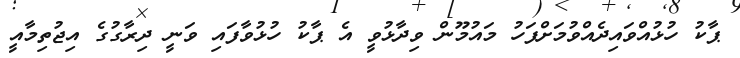
ޕާކު ހުޅުއްވައިދެއްވުމަށްފަހު މައުމޫން ވިދާޅުވީ އެ ޕާކު ހުޅުވާފައި ވަނީ ދިރާގުގެ އިޖުތިމާއީ